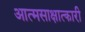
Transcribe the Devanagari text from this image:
आत्मसाक्षात्कारी